Report on sanitation, dispensaries, and jails in Rajputana for 1915, and on vaccination for the year 1915-1916 - 1915-1916
Year: 1915
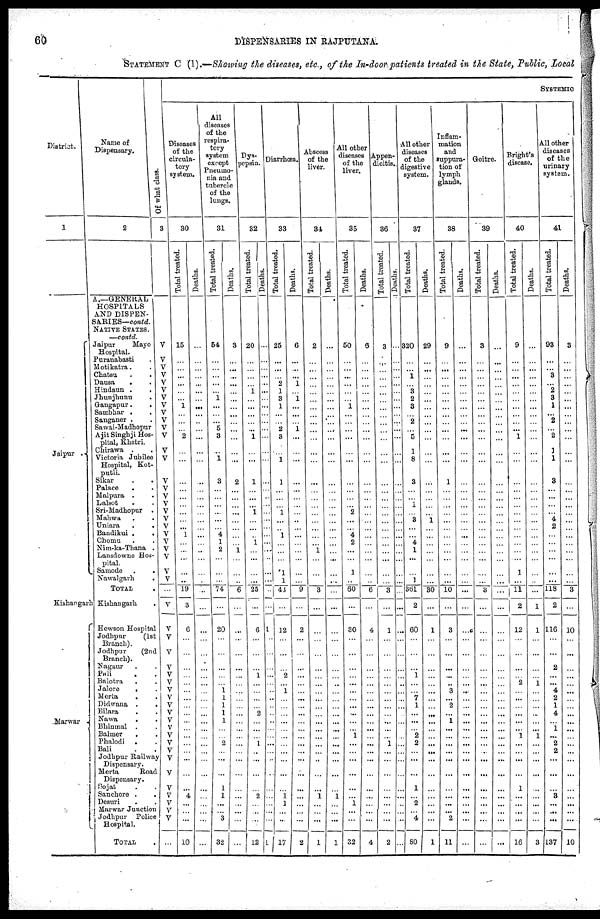
60
DISPENSARIES IN RAJPUTANA.
STATEMENT C (1).—Showing the diseases, etc., of the In-door patients treated in the State, Public, Local
District.
1
Jaipur
.
Kishangarh
Marwar
Name of
Dispensary.
2
A.—GENERAL
HOSPITALS
AND DISPEN-
SARIES—contd.
NATIVE STATES.
—contd.
Jaipur
Mayo
Hospital.
Puranabasti.
Motikatra . .
Chatsu . .
Dausa
. .
Hindaun .
.
Jhunjhunu
.
Gangapur . .
Sambhar . .
Sanganer . .
Sawai-Madhopur
Ajit Singhji Hos-
pital, Khetri.
Chirawa . .
Victoria Jubilee
Hospital, Kot¬
putli.
Sikar
.
.
Palace . .
Malpura . .
Lalsot . .
Sri-Madhopur
.
Mahwa . .
Uniara
.
.
Bandikui .
.
Chomu . .
Nim-ka-Thana .
Lansdowne Hos-
pital.
Samode .
Nawalgarh .
.
TOTAL
Kishangarh
.
Hewson Hospital
Jodhpur
(1st
Branch).
Jodhpur
(2nd
Branch).
Nagaur . .
Pali . .
Balotra . .
Jalore . .
Merta
. .
Didwana .
.
Bilara
. .
Nawa .
.
Bhinmal . .
Balmer . .
Phalodi . .
Bali . .
Jodhpur Railway
Dispensary.
Merta
Road
Dispensary.
Sojat . .
Sanchore . .
Desuri . .
Marwar Junction
Jodhpur
Police
Hospital.
TOTAL
Of what class.
3
V
V
V
V
V
V
V
V
V
V
V
V
V
V
V
V
V
V
V
V
V
V
V
V
V
V
V
...
V
V
V
V
V
V
V
V
V
V
V
V
V
V
V
V
V
V
V
V
V
V
V
...
SYSTEMIC
Diseases
of the
circula-
tory
system.
30
Total treated.
15
...
...
...
...
...
...
1
...
...
...
2
...
...
...
...
...
...
...
...
...
1
...
...
...
...
...
19
3
6
...
...
...
...
...
...
...
...
...
...
...
...
...
...
...
...
...
4
...
...
...
10
Deaths.
...
...
...
...
...
...
...
...
...
...
...
...
...
...
...
...
...
...
...
...
...
...
...
...
...
...
...
...
...
...
...
...
...
...
...
...
...
...
...
...
...
...
...
...
...
...
...
...
...
...
...
...
All
diseases
of the
respira-
tory
system
except
Pneumo-
nia and
tubercle
of the
lungs.
31
Total treated.
54
...
...
...
...
...
1
...
...
...
5
3
...
1
3
...
...
...
...
...
...
4
1
2
...
...
...
74
...
20
...
...
...
...
...
1
1
1
1
1
...
...
2
...
...
...
1
1
...
...
3
32
Deaths.
3
...
...
...
...
...
...
...
...
...
...
...
...
...
2
...
...
...
...
...
...
...
...
1
...
...
...
6
...
...
...
...
...
...
...
...
1
1
...
...
...
...
...
...
...
...
...
...
...
...
...
...
Dys-
pepsia.
32
Total treated.
20
...
...
...
...
1
...
...
...
...
...
1
...
...
1
...
...
...
1
...
...
...
1
...
...
...
...
25
...
6
...
...
...
1
...
...
...
...
2
...
...
...
1
...
...
...
...
2
...
...
...
12
Deaths.
...
...
...
...
...
...
...
...
...
...
...
...
...
...
...
...
...
...
...
...
...
...
...
...
...
...
...
...
...
1
...
...
...
...
...
...
...
...
...
...
...
...
...
...
...
...
...
...
...
...
...
1
Diarrhœa.
33
Total treated.
25
...
...
...
2
1
3
1
...
...
2
3
...
1
1
...
...
...
1
...
...
1
...
...
...
1
1
43
...
12
...
...
...
2
...
1
...
...
...
...
...
...
...
...
...
...
...
1
1
...
...
17
Deaths.
6
...
...
...
1
...
1
...
...
...
1
...
...
...
...
...
...
...
...
...
...
...
...
...
...
...
...
9
...
2
...
...
...
...
...
...
...
...
...
...
...
...
...
...
...
...
...
...
...
...
...
2
Abscess
of the
liver.
34
Total treated.
2
...
...
...
...
...
...
...
...
...
...
...
...
...
...
...
...
...
...
...
...
...
...
1
...
...
...
3
...
...
...
...
...
...
...
...
...
...
...
...
...
...
...
...
...
...
...
1
...
...
...
1
Deaths.
...
...
...
...
...
...
...
...
...
...
...
...
...
...
...
...
...
...
...
...
...
...
...
...
...
...
...
...
...
...
...
...
...
...
...
...
...
...
...
...
...
...
...
...
...
...
...
1
...
...
...
1
All other
diseases
of the
liver.
35
Total treated.
50
...
...
...
...
...
...
1
...
...
...
...
...
...
...
...
...
...
2
...
...
4
2
...
...
1
...
60
...
30
...
...
...
...
...
...
...
...
...
...
...
1
...
...
...
...
...
...
1
...
...
32
Deaths.
6
...
...
...
...
...
...
...
...
...
...
...
...
...
...
...
...
...
...
...
...
...
...
...
...
...
...
6
...
4
...
...
...
...
...
...
...
...
...
...
...
...
...
...
...
...
...
...
...
...
...
4
Appen-
dicitis.
36
Total treated.
3
...
...
...
...
...
...
...
...
...
...
...
...
...
...
...
...
...
...
...
...
...
...
...
...
...
...
3
...
1
...
...
...
...
...
...
...
...
...
...
...
...
1
...
...
...
...
...
...
...
...
2
Deaths.
...
...
...
...
...
...
...
...
...
...
...
...
...
...
...
...
...
...
...
...
...
...
...
...
...
...
...
...
...
...
...
...
...
...
...
...
...
...
...
...
...
...
...
...
...
...
...
...
...
...
...
...
All other
diseases
of the
digestive
system.
37
Total treated.
320
...
...
1
...
3
2
3
...
2
...
5
1
8
3
...
...
1
...
3
...
...
4
1
...
...
1
361
2
60
...
...
...
1
...
...
7
1
...
...
...
2
2
...
...
...
1
...
2
...
4
80
Deaths.
29
...
...
...
...
...
...
...
...
...
...
...
...
...
...
...
...
...
...
1
...
...
...
...
...
...
...
30
...
1
...
...
...
...
...
...
...
...
...
...
...
...
...
...
...
...
...
...
...
...
...
1
Inflam-
mation
and
suppura-
tion of
lymph
glands.
38
Total treated.
9
...
...
...
...
...
...
...
...
...
...
...
...
...
1
...
...
...
...
...
...
...
...
...
...
...
...
10
...
3
...
...
...
...
...
3
...
2
...
1
...
...
...
...
...
...
...
...
...
...
2
11
Deaths.
...
...
...
...
...
...
...
...
...
...
...
...
...
...
...
...
...
...
...
...
...
...
...
...
...
...
...
...
...
...
...
...
...
...
...
...
...
...
...
...
...
...
...
...
...
...
...
...
...
...
...
...
Goitre.
39
Total treated.
3
...
...
...
...
...
...
...
...
...
...
...
...
...
...
...
...
...
...
...
...
...
...
...
...
...
...
3
...
...
...
...
...
...
...
...
...
...
...
...
...
...
...
...
...
...
...
...
...
...
...
...
Deaths.
...
...
...
...
...
...
...
...
...
...
...
...
...
...
...
...
...
...
...
...
...
...
...
...
...
...
...
...
...
...
...
...
...
...
...
...
...
...
...
...
...
...
...
...
...
...
...
...
...
...
...
...
Bright's
disease.
40
Total treated.
9
...
...
...
...
...
...
...
...
...
...
1
...
...
...
...
...
...
...
...
...
...
...
...
...
1
...
11
2
12
...
...
...
...
2
...
...
...
...
...
...
1
...
...
...
...
1
...
...
...
...
16
Deaths.
...
...
...
...
...
...
...
...
...
...
...
...
...
...
...
...
...
...
...
...
...
...
...
...
...
...
...
...
1
1
...
...
...
...
1
...
...
...
...
...
...
1
...
...
...
...
...
...
...
...
...
3
All other
diseases
of the
urinary
system.
41
Total treated.
93
...
...
3
...
2
3
1
...
2
...
2
1
1
3
...
...
...
...
4
2
...
...
...
...
...
...
118
2
116
...
...
2
...
...
4
2
1
4
...
1
...
2
2
...
...
3
...
...
...
137
Deaths.
3
...
...
...
...
...
...
...
...
...
...
...
...
...
...
...
...
...
...
...
...
...
...
...
...
...
...
3
...
10
...
...
...
...
...
...
...
...
...
...
...
...
...
...
...
...
...
...
...
...
10